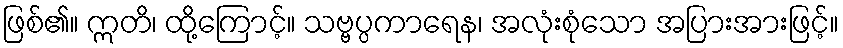
ဖြစ်၏။ ဣတိ၊ ထို့ကြောင့်။ သဗ္ဗပ္ပကာရေန၊ အလုံးစုံသော အပြားအားဖြင့်။